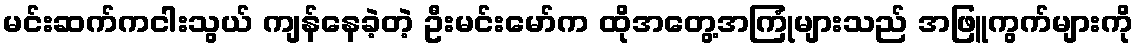
မင်းဆက်ကငါးသွယ် ကျန်နေခဲ့တဲ့ ဦးမင်းမော်က ထိုအတွေ့အကြုံများသည် အဖြူကွက်များကို